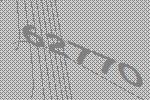
62770